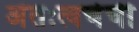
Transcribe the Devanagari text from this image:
अंतःत्वचेची